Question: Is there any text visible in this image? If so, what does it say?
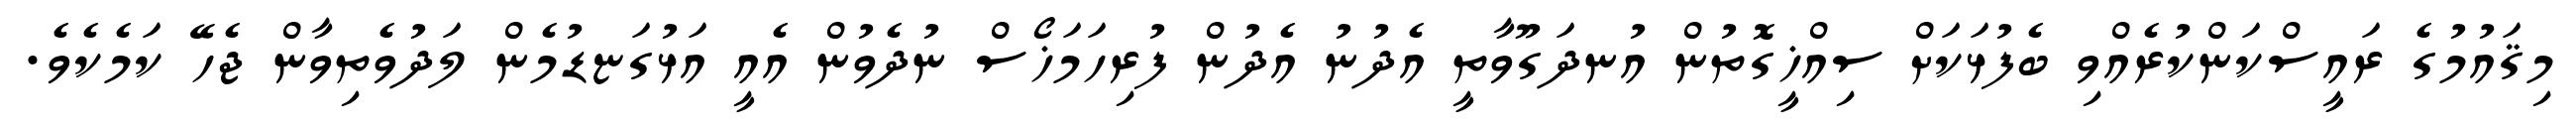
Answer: މިޤައުމުގެ ރައީސްކަންކުރެއްވި ބެފުޅަކަށް ސިއްޚީގޮތުން އުނދަގޫވާތީ އެދުނު އެދުން ފުރިހަމަޚޯސް ނުދެވުން އެއީ އަޅުގަޏޑުމެން ލަދުވެތިވާން ޖެހޭ ކަމެކެވެ.